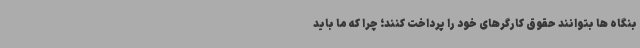
بنگاه ها بتوانند حقوق کارگرهای خود را پرداخت کنند؛ چرا که ما باید